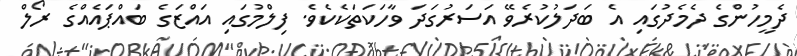
ދެމީހުންގެ ދެމެދުގައި އެ ބަދަލުކުރެވޭ އަސަރުގަދަ ވާހަކަތަކެކެވެ. ފިލްމުގައި އައްޒަގެ ބައްޕައެއްގެ ރޯލް